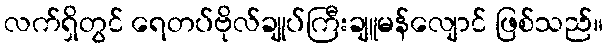
လက်ရှိတွင် ရေတပ်ဗိုလ်ချုပ်ကြီးချူမန်လျောင် ဖြစ်သည်။